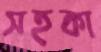
সহকা